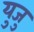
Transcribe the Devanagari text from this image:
युजु